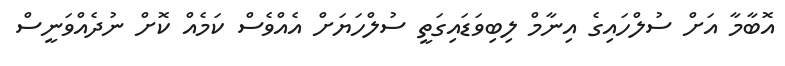
އޮބާމާ އަށް ސުލްހައިގެ އިނާމް ލިބިވަޑައިގަތީ ސުލްހަޔަށް އެއްވެސް ކަމެއް ކޮށް ނުދެއްވަނީސް